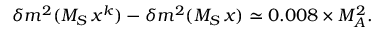
\delta m ^ { 2 } ( M _ { S } \, x ^ { k } ) - \delta m ^ { 2 } ( M _ { S } \, x ) \simeq 0 . 0 0 8 \times M _ { A } ^ { 2 } .